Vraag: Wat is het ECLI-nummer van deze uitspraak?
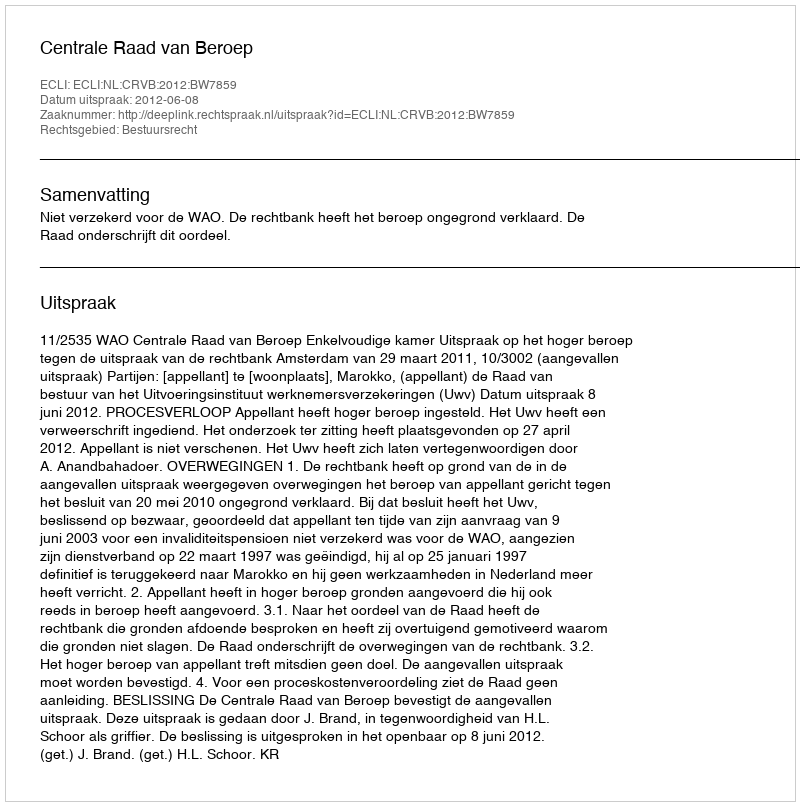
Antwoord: ECLI:NL:CRVB:2012:BW7859